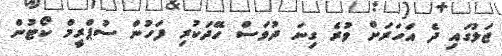
ޖަލުގައި ދެ އަހަރަށް ވުރެ ގިނަ ދުވަސް ހޭދަކުރި ފަހުން ސުޕްރީމް ކޯޓުން